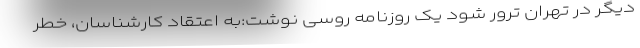
دیگر در تهران ترور شود یک روزنامه روسی نوشت:به اعتقاد کارشناسان، خطر